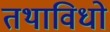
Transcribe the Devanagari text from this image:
तथाविधो